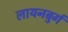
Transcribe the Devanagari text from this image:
लायनबुर्ग